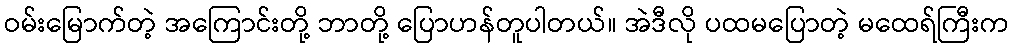
ဝမ်းမြောက်တဲ့ အကြောင်းတို့ ဘာတို့ ပြောဟန်တူပါတယ်။ အဲဒီလို ပထမပြောတဲ့ မထေရ်ကြီးက